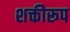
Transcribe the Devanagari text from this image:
शक्तीरूप